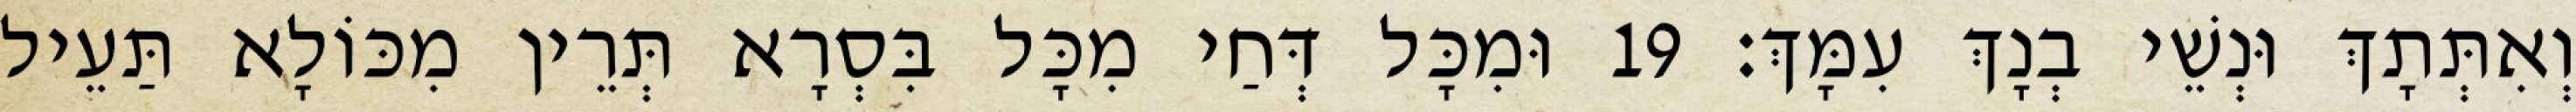
וְאִתְּתָךְ וּנְשֵׁי בְנָךְ עִמָּךְ׃ 19 וּמִכָּל דְּחַי מִכָּל בִּסְרָא תְּרֵין מִכּוֹלָא תַּעֵיל